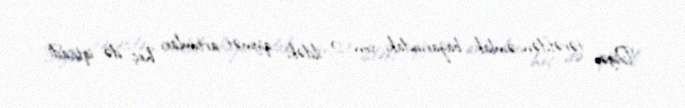
Digər tərəfdən, əmlak bazarındakı son 2 ildəki qiymət artımları heç də iqtisadi